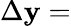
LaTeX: \Delta\mathbf{y}=